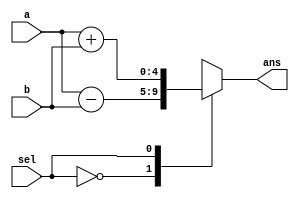
module ADD_SUB_1210733#(parameter n=4)(a,b,sel,ans);
input signed [n-1:0]a,b  ; // input size is n
input sel ; // 0 or 1
output reg signed [n:0] ans ; // output size is n+1
always@(a,b,sel)
begin 
	// if the selection is 0 , the block will work as subtracter 
	// and if the selection is 1 , the block will work as adder	
	case(sel)
		1'b0 : ans = a-b ;
		1'b1 : ans = a+b ;
	endcase ;
end
endmodule